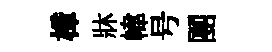
樟牀幃号團